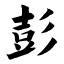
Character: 彭